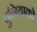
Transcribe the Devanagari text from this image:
दुनियाको